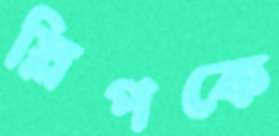
স্লিপকে